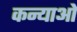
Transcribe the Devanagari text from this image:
कन्याओें